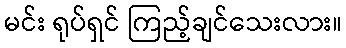
မင်း ရုပ်ရှင် ကြည့်ချင်သေးလား။